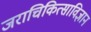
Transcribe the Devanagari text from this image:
जराचिकित्साविज्ञान